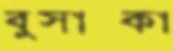
বুসাক্কা